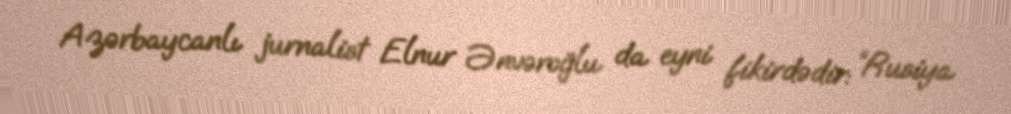
Azərbaycanlı jurnalist Elnur Ənvəroğlu da eyni fikirdədir: “Rusiya